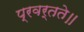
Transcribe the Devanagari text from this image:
प्रवर्तते॥